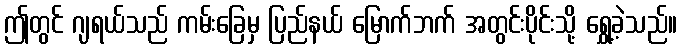
ဤတွင် ဂျရယ်သည် ကမ်းခြေမှ ပြည်နယ် မြောက်ဘက် အတွင်းပိုင်းသို့ ရွှေ့ခဲ့သည်။